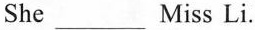
She ___ Miss Li.